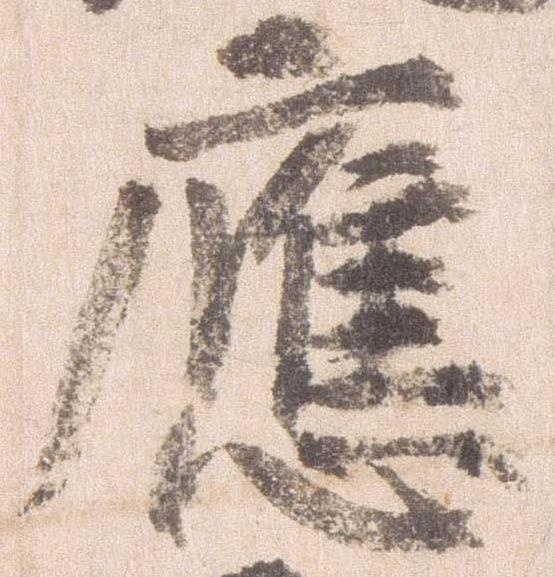
応